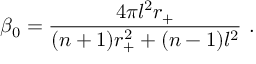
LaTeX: \beta _ { 0 } = \frac { 4 \pi l ^ { 2 } r _ { + } } { ( n + 1 ) r _ { + } ^ { 2 } + ( n - 1 ) l ^ { 2 } } ~ .